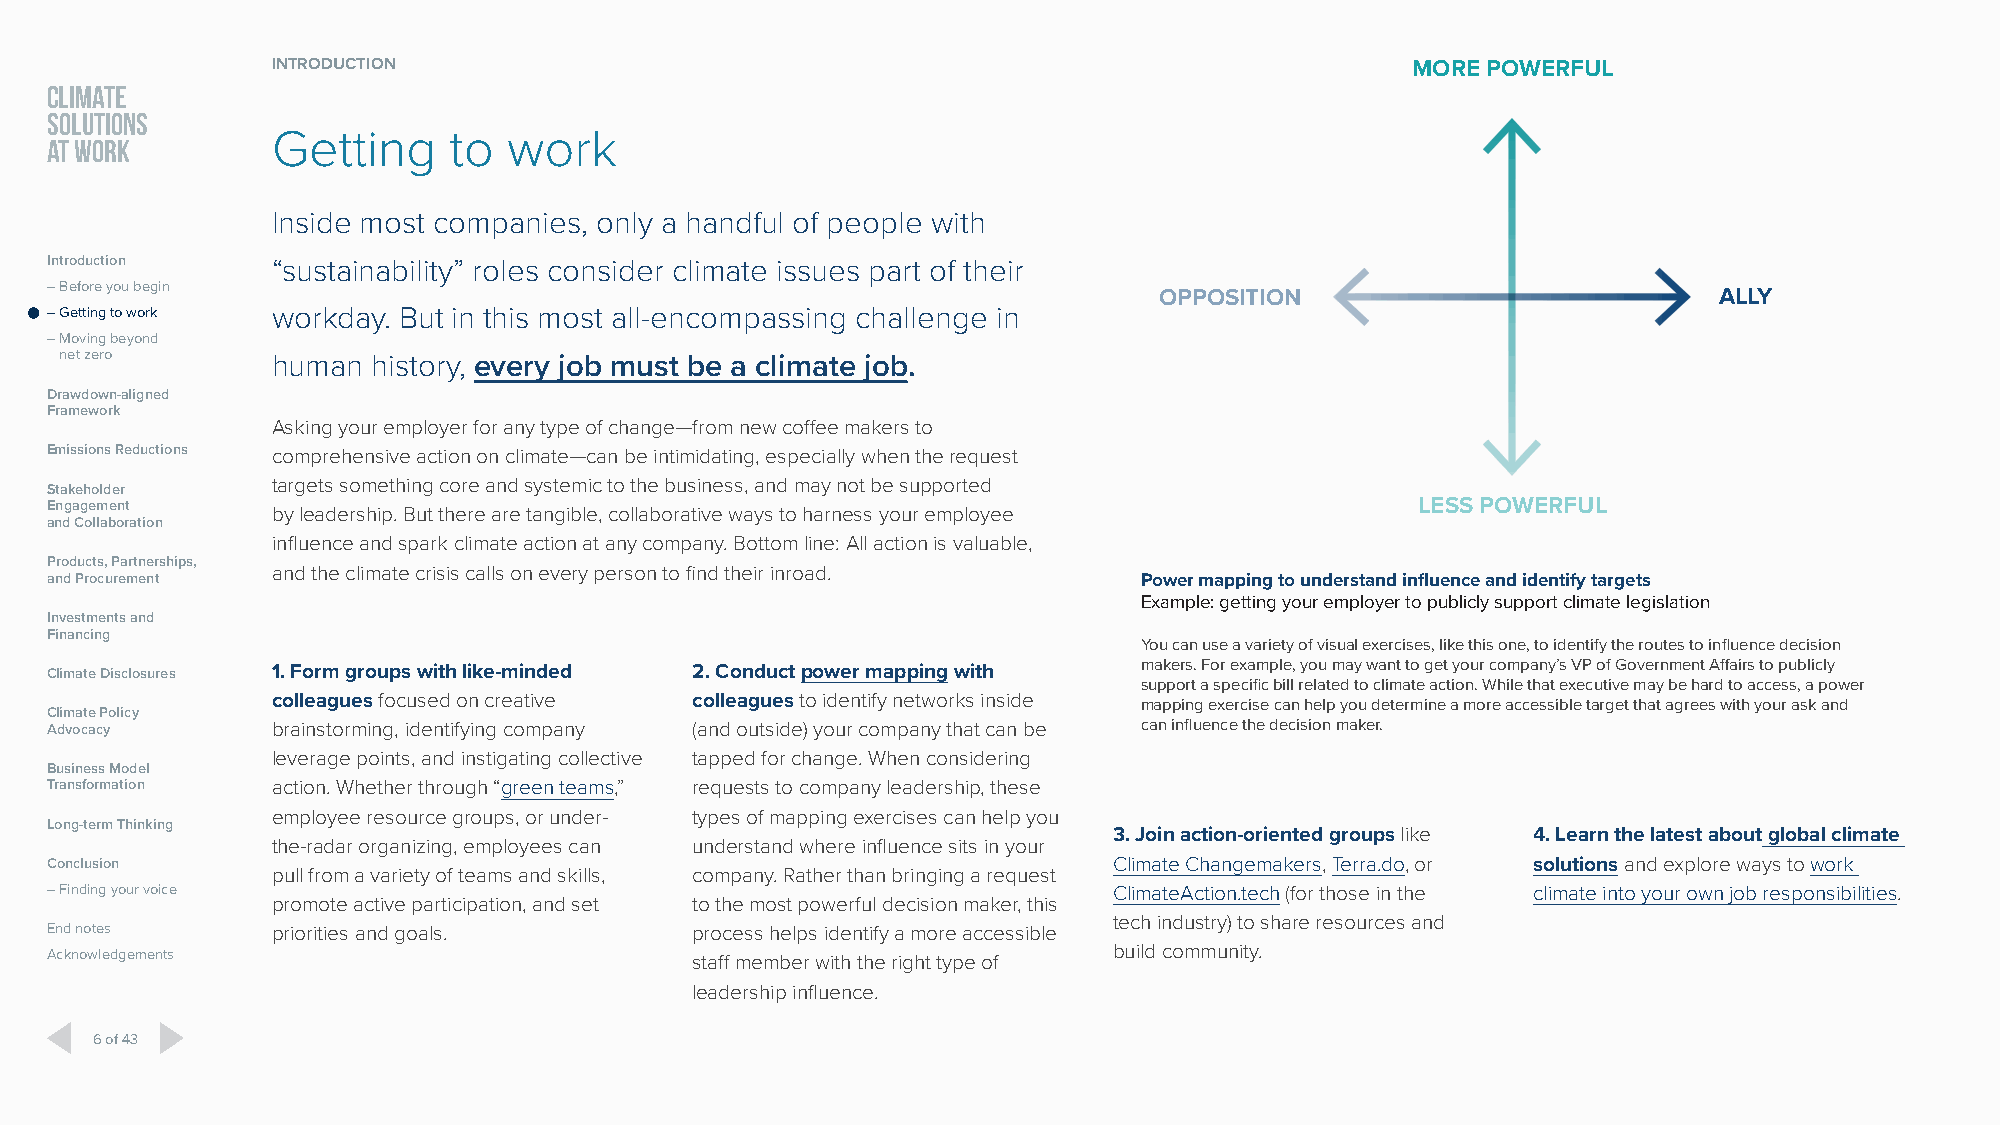
INTRODUCTION                                                               MORE POWERFUL
 CLIMATE
 SOLUTIONS
 Getting     to  work
 AT WORK
 Inside most companies, only a handful of people with
 Introduction   “sustainability” roles consider climate issues part of their
 – Before you begin
 OPPOSITION                           ALLY
 – Getting to work workday. But in this most all-encompassing challenge in
 – Moving beyond
 net zero      human  history, every job must be a climate job.
 Drawdown-aligned
 Framework
 Asking your employer for any type of change—from new coffee makers to
 Emissions Reductions comprehensive action on climate—can be intimidating, especially when the request
 targets something core and systemic to the business, and may not be supported
 Stakeholder
 Engagement     by leadership. But there are tangible, collaborative ways to harness your employee LESS POWERFUL
 and Collaboration
 influence and spark climate action at any company. Bottom line: All action is valuable,
 Products, Partnerships,
 and the climate crisis calls on every person to find their inroad.
 and Procurement                                                          Power mapping to understand influence and identify targets
 Example: getting your employer to publicly support climate legislation
 Investments and
 Financing
 You can use a variety of visual exercises, like this one, to identify the routes to influence decision
 makers. For example, you may want to get your company’s VP of Government Affairs to publicly
 Climate Disclosures 1. Form groups with like-minded 2. Conduct power mapping with
 support a specific bill related to climate action. While that executive may be hard to access, a power
 colleagues focused on creative colleagues to identify networks inside mapping exercise can help you determine a more accessible target that agrees with your ask and
 Climate Policy
 Advocacy       brainstorming, identifying company (and outside) your company that can be can influence the decision maker.
 leverage points, and instigating collective tapped for change. When considering
 Business Model
 Transformation action. Whether through “green teams,” requests to company leadership, these
 employee resource groups, or under- types of mapping exercises can help you
 Long-term Thinking
 3. Join action-oriented groups like 4. Learn the latest about global climate
 the-radar organizing, employees can understand where influence sits in your
 Conclusion                                                             Climate Changemakers, Terra.do, or solutions and explore ways to work
 pull from a variety of teams and skills, company. Rather than bringing a request
 – Finding your voice                                                   ClimateAction.tech (for those in the climate into your own job responsibilities.
 promote active participation, and set to the most powerful decision maker, this
 tech industry) to share resources and
 End notes      priorities and goals.       process helps identify a more accessible
 Acknowledgements                           staff member with the right type of build community.
 leadership influence.
 6 of 43